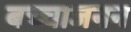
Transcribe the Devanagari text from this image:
बच्चाजनन